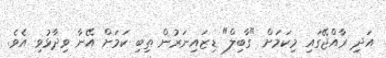
އަދި ރާއްޖޭގައި މިކަމަށް "ގާބިލް" ޑިޒައިނަރުން ތިބި ކަމަށް އޭނާ ވިދާޅުވި އެވެ.